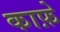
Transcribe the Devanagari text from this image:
काफ़े